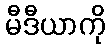
မီဒီယာကို